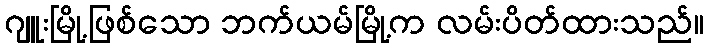
ဂျူးမြို့ဖြစ်သော ဘက်ယမ်မြို့က လမ်းပိတ်ထားသည်။